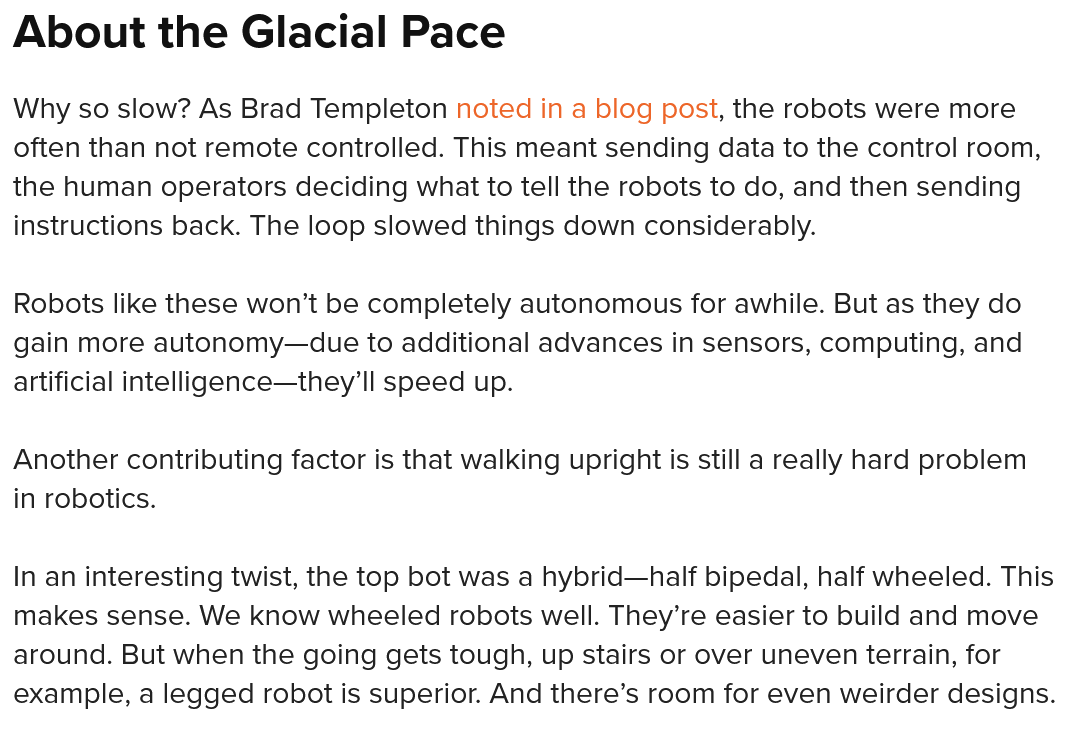
About  the    Glacial    Pace
  Why so slow? As Brad Templeton noted in a blog post, the robots were more
  often than not remote controlled. This meant sending data to the control room,
  the human operators deciding what to tell the robots to do, and then sending
  instructions back. The loop slowed things down considerably.
  Robots like these won’t be completely autonomous for awhile. But as they do
  gain more autonomy—due to additional advances in sensors, computing, and
  artificial intelligence—they’ll speed up.
  Another contributing factor is that walking upright is still a really hard problem
  in robotics.
  In an interesting twist, the top bot was a hybrid—half bipedal, half wheeled. This
  makes sense. We know wheeled  robots well. They’re easier to build and move
  around. But when the going gets tough, up stairs or over uneven terrain, for
  example, a legged robot is superior. And there’s room for even weirder designs.